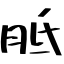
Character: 胝